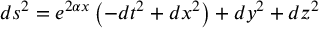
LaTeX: d s ^ { 2 } = e ^ { 2 \alpha x } \left( - d t ^ { 2 } + d x ^ { 2 } \right) + d y ^ { 2 } + d z ^ { 2 }